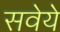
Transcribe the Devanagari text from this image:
सवेये